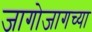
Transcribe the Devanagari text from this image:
जागोजागच्या